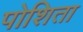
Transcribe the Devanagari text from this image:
पोशिता